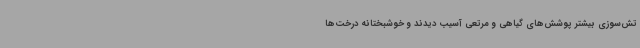
تش‌سوزی بیشتر پوشش‌های گیاهی و مرتعی آسیب دیدند و خوشبختانه درخت‌ها